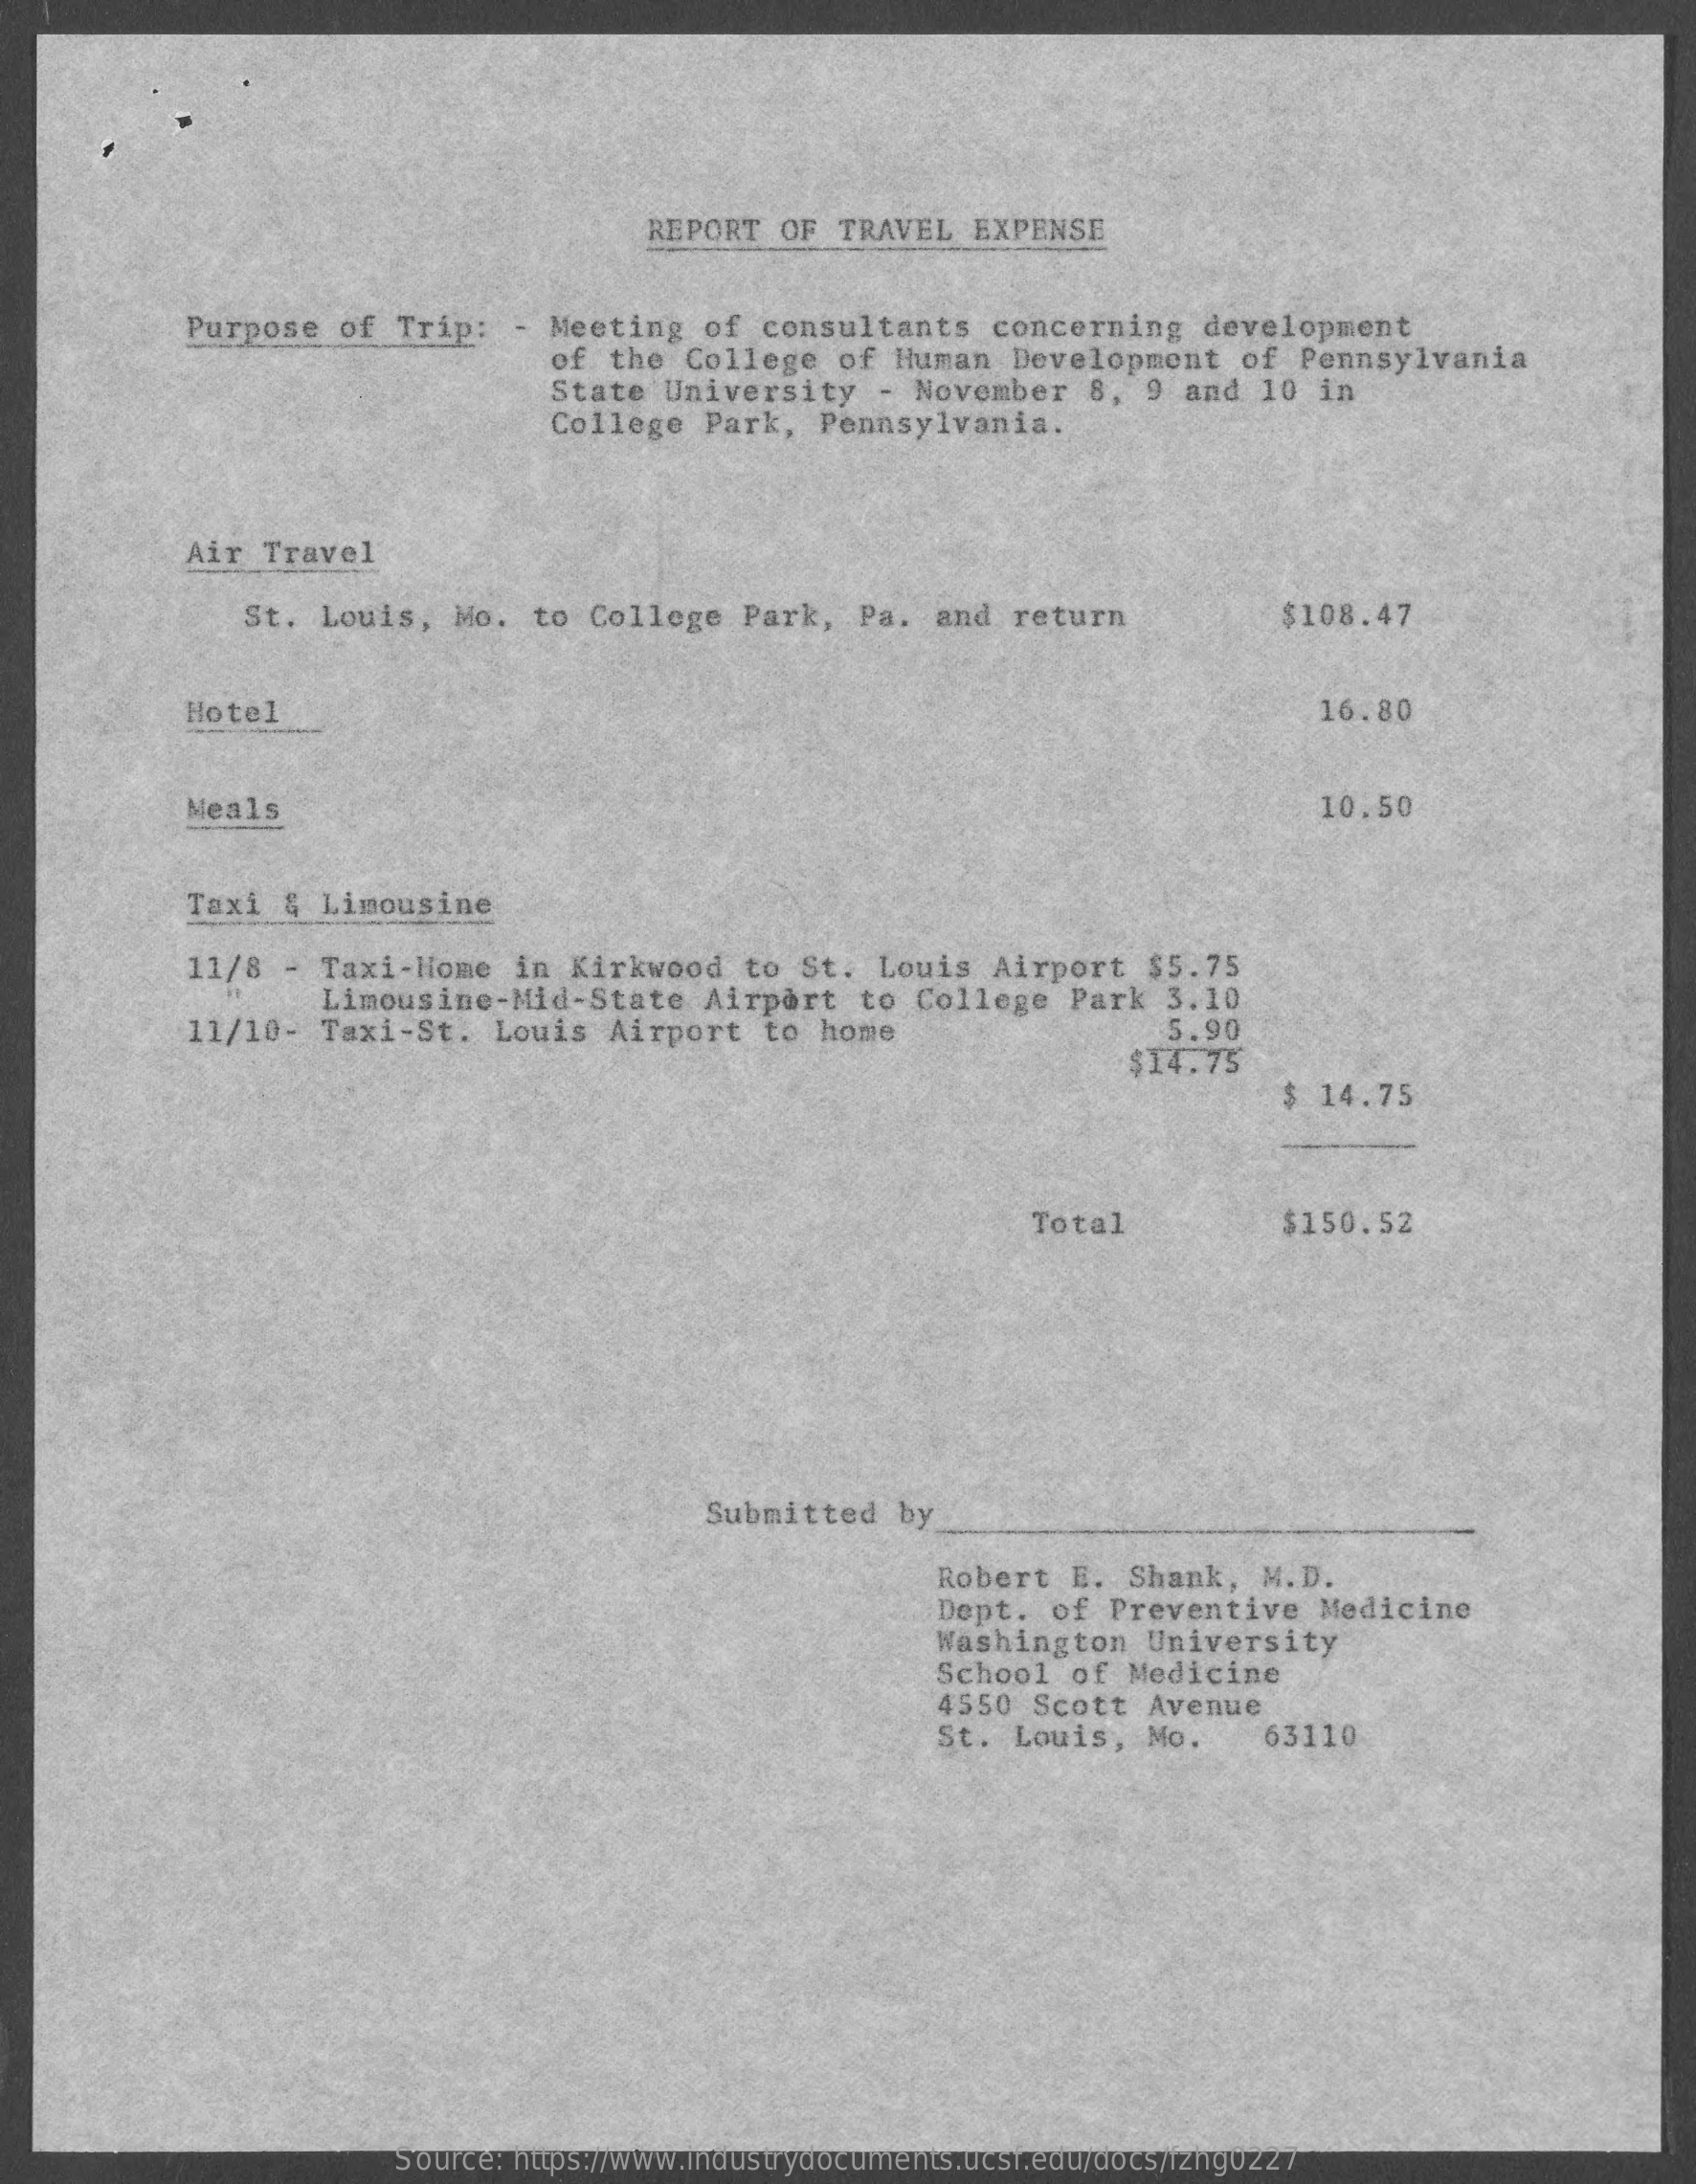
REPORT   OF  TRAVEL  EXPENSE
     Purpose   of  Trip:    Meeting   of  consultants    concerning    development
     of  the  College   of Human   Development    of  Pennsylvania
     State  University    - November   8,  9 and  10  in
     College   Park,  Pennsylvania.
     Air  Travel
     St.  Louis,   Mo.  to College   Park,   Pa.  and  return    $108.47
     Hotel    16.80
     Meals    10.50
     Taxi  & Limousine
     11/8  - Taxi-Home    in Kirkwood    to St.  Louis   Airport   $5.75
     Limousine-Mid-State    Airport   to  College   Park  3.10
     11/10-   Taxi-St.   Louis   Airport   to home    5.90
     $14.75
     $ 14.75
     Total    $150.52
     Submitted    by
     Robert   E.  Shank,  M.D.
     Dept.  of  Preventive    Medicine
     Washington    University
     School   of  Medicine
     4550  Scott   Avenue
     St.  Louis,   Mo.    63110
     Source: https://www.industrydocuments.ucsf.edu/docs/fzhg0227